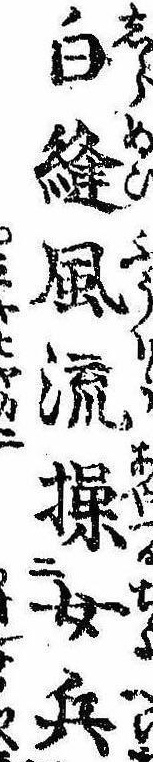
白縫風流操女兵